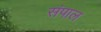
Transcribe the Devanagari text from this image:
संपाल